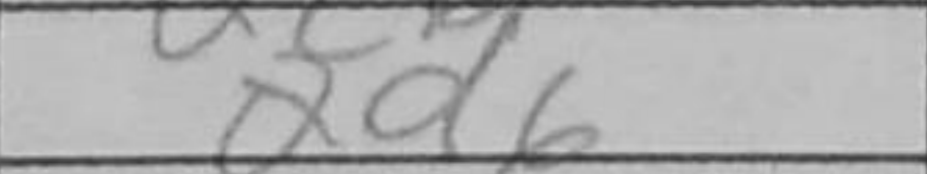
Transcription: Qd6